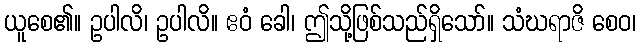
ယူစေ၏။ ဥပါလိ၊ ဥပါလိ။ ဧဝံ ခေါ၊ ဤသို့ဖြစ်သည်ရှိသော်။ သံဃရာဇိ စေဝ၊